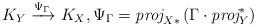
LaTeX: \begin{align*}K_Y \xrightarrow{\Psi_\Gamma} K_X, \Psi_\Gamma = \emph{proj}_{X*} \left( \Gamma \cdot \emph{proj}_Y^* \right) \end{align*}